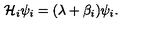
{ \cal H } _ { i } \psi _ { i } = ( \lambda + \beta _ { i } ) \psi _ { i } .